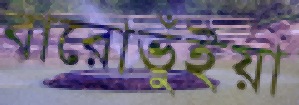
বারোভুঁইয়া